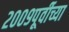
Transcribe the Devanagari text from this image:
२००९पूर्वीच्या